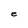
Character: e